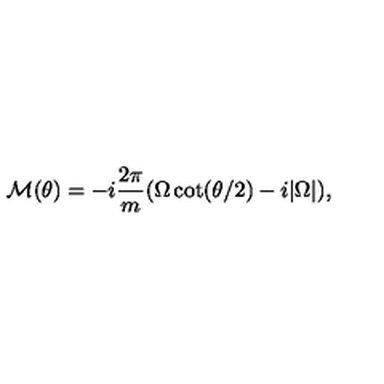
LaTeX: { \cal M } ( \theta ) = - i \frac { 2 \pi } { m } ( \Omega \cot ( \theta / 2 ) - i | \Omega | ) ,